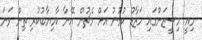
މިއީ މިސީޒަންގައި ހަޒާޑު ކުޅުނު އަށް މެޗުން އޭނާ ކާމިޔާބުކުރި ތިން ވަނަ